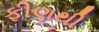
ફીણથી